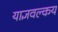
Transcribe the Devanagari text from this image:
याज्ञवल्कय